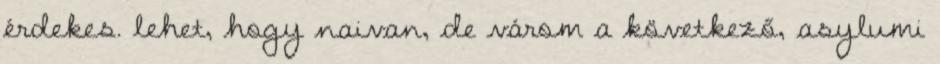
érdekes. lehet, hogy naivan, de várom a következő, asylumi